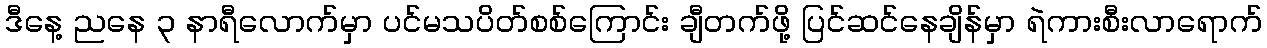
ဒီနေ့ ညနေ ၃ နာရီလောက်မှာ ပင်မသပိတ်စစ်ကြောင်း ချီတက်ဖို့ ပြင်ဆင်နေချိန်မှာ ရဲကားစီးလာရောက်